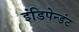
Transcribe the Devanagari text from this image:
इंडिपेन्डंट